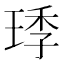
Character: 㻑